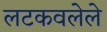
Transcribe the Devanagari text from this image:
लटकवलेले